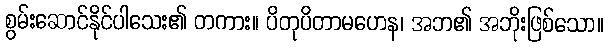
စွမ်းဆောင်နိုင်ပါသေး၏ တကား။ ပိတုပိတာမဟေန၊ အဘ၏ အဘိုးဖြစ်သော။